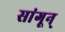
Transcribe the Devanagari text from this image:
सांगून्